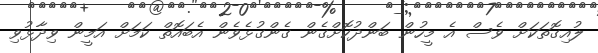
ލުއިގޮތަކަށް ވެސް އެ މީހުން ބަންދުކޮށްގެން ގެންގުޅެވެން އެބައޮތް ކަމަށް އަމީން ވިދާޅުވި